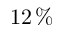
1 2 \, \%